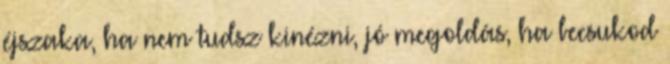
éjszaka, ha nem tudsz kinézni, jó megoldás, ha becsukod